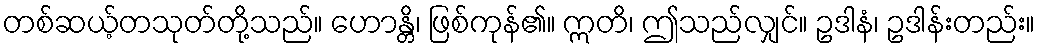
တစ်ဆယ့်တသုတ်တို့သည်။ ဟောန္တိ၊ ဖြစ်ကုန်၏။ ဣတိ၊ ဤသည်လျှင်။ ဥဒါနံ၊ ဥဒါန်းတည်း။